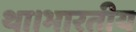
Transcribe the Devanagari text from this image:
था।भारतीय